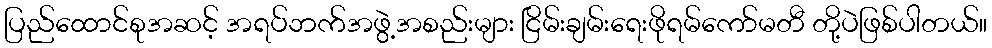
ပြည်ထောင်စုအဆင့် အရပ်ဘက်အဖွဲ့အစည်းများ ငြိမ်းချမ်းရေးဖိုရမ်ကော်မတီ တို့ပဲဖြစ်ပါတယ်။